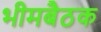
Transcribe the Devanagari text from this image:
भीमबैठक